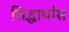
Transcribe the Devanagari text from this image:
सिद्धार्थास